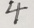
4